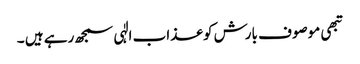
تبھی موصوف بارش کو عذاب الٰہی سمجھ رہے ہیں ۔